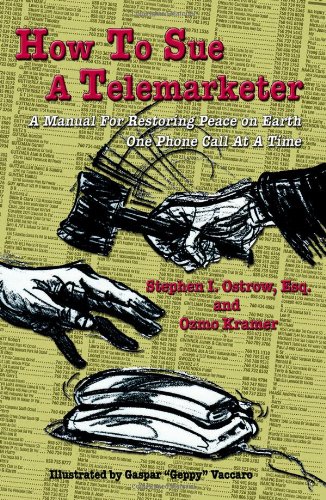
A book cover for How to Sue a Telemarketer; Stephen I. Ostrow; Law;